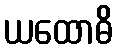
ယထောဓိ